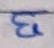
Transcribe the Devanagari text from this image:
चा